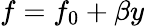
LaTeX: f=f_{0}+\beta y